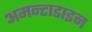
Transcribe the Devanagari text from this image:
अमन्टाडाइन